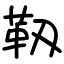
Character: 靱